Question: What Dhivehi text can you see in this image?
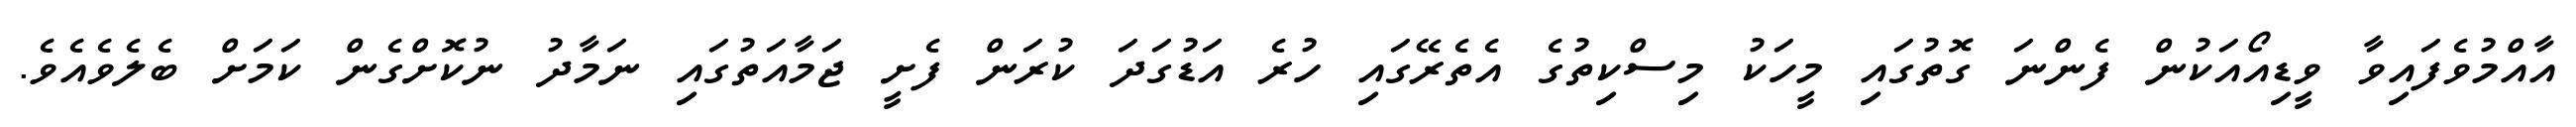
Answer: އާއްމުވެފައިވާ ވީޑިއޯއަކުން ފެންނަ ގޮތުގައި މީހަކު މިސްކިތުގެ އެތެރޭގައި ހުރެ އަޑުގަދަ ކުރަން ފެށީ ޖަމާއަތުގައި ނަމާދު ނުކޮށްގެން ކަމަށް ބެލެވެއެވެ.